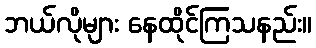
ဘယ်လိုများ နေထိုင်ကြသနည်း။